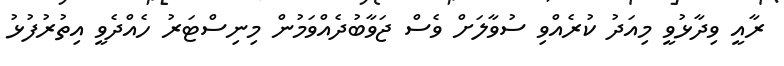
ރާއީ ވިދާޅުވީ މިއަދު ކުރެއްވި ސުވާލަށް ވެސް ޖަވާބުދެއްވަމުން މިނިސްޓަރު ހެއްދެވީ އިތުރުފުޅު